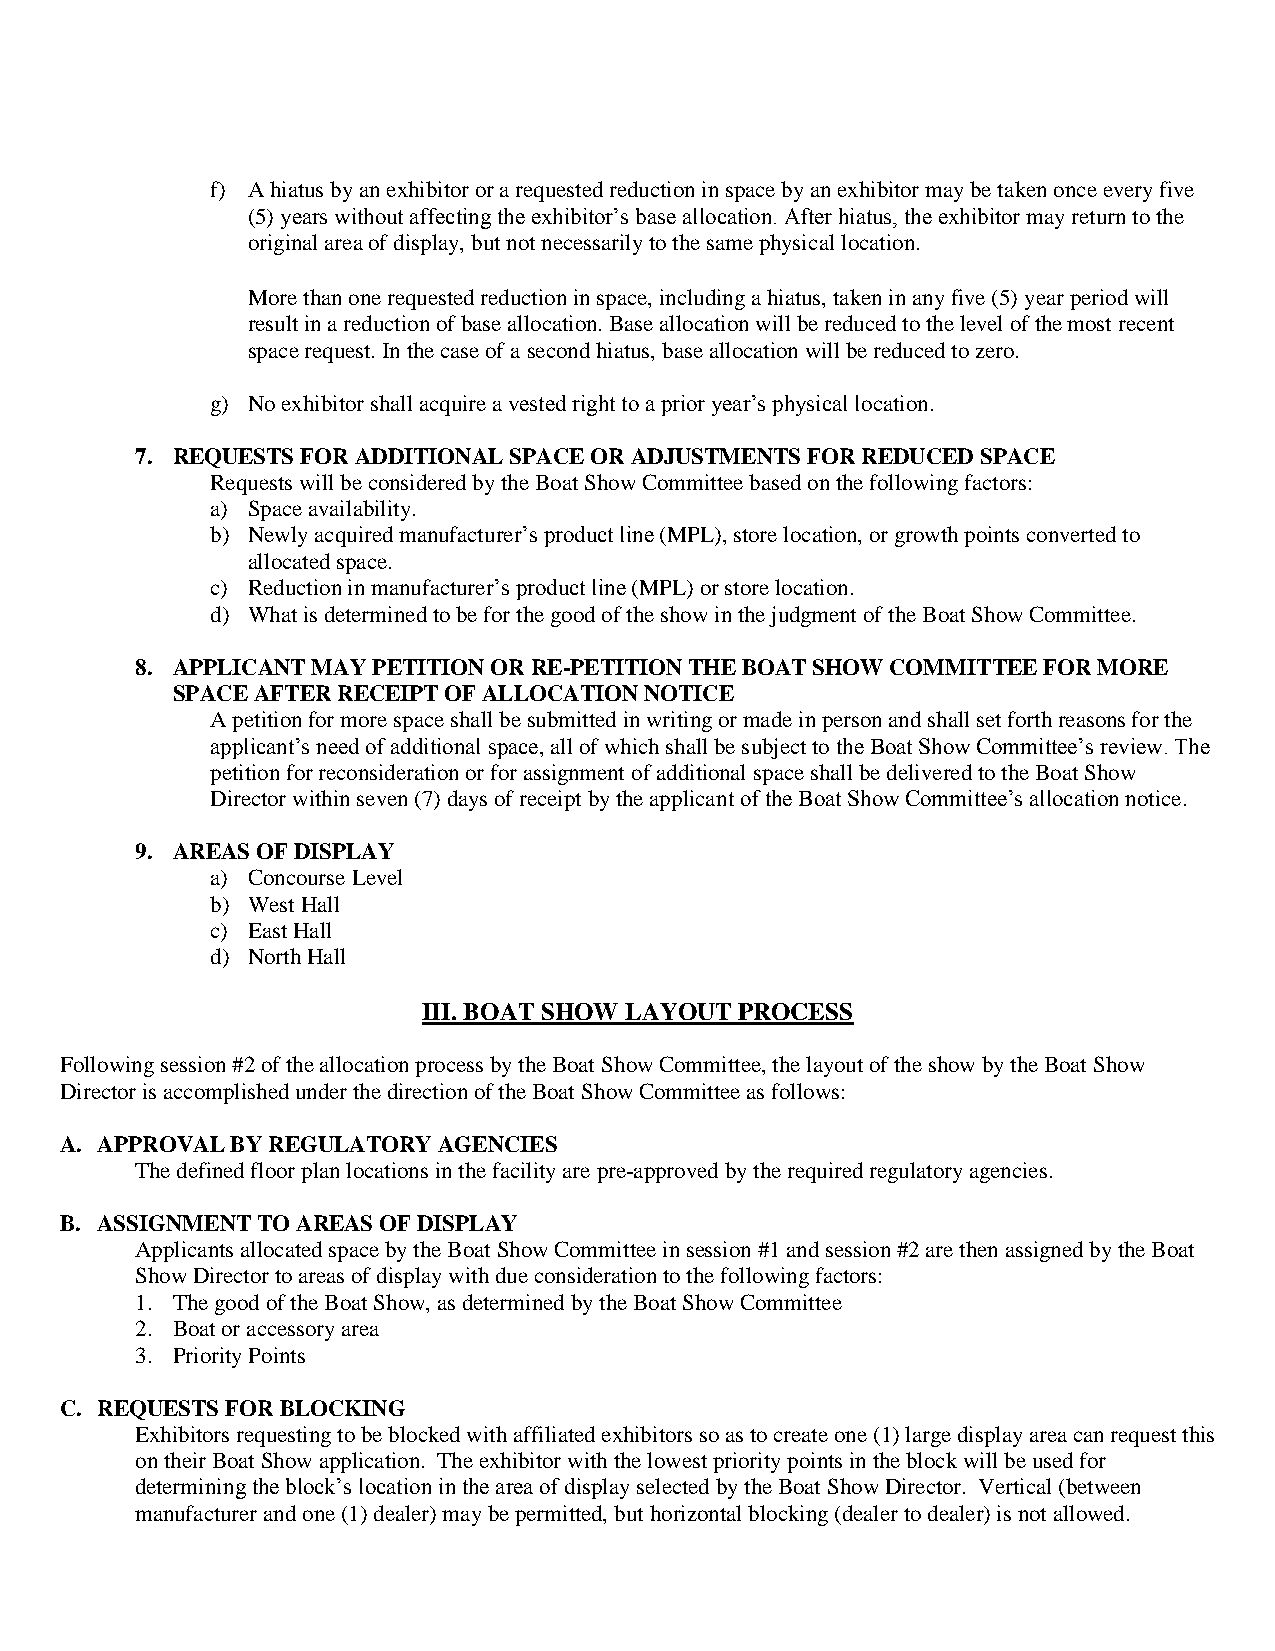
f) A hiatus by an exhibitor or a requested reduction in space by an exhibitor may be taken once every five
 (5) years without affecting the exhibitor’s base allocation. After hiatus, the exhibitor may return to the
 original area of display, but not necessarily to the same physical location.
 More than one requested reduction in space, including a hiatus, taken in any five (5) year period will
 result in a reduction of base allocation. Base allocation will be reduced to the level of the most recent
 space request. In the case of a second hiatus, base allocation will be reduced to zero.
 g) No exhibitor shall acquire a vested right to a prior year’s physical location.
 7. REQUESTS FOR ADDITIONAL SPACE OR ADJUSTMENTS FOR REDUCED SPACE
 Requests will be considered by the Boat Show Committee based on the following factors:
 a) Space availability.
 b) Newly acquired manufacturer’s product line (MPL), store location, or growth points converted to
 allocated space.
 c) Reduction in manufacturer’s product line (MPL) or store location.
 d) What is determined to be for the good of the show in the judgment of the Boat Show Committee.
 8. APPLICANT MAY PETITION OR RE-PETITION THE BOAT SHOW COMMITTEE FOR MORE
 SPACE AFTER RECEIPT OF ALLOCATION NOTICE
 A petition for more space shall be submitted in writing or made in person and shall set forth reasons for the
 applicant’s need of additional space, all of which shall be subject to the Boat Show Committee’s review. The
 petition for reconsideration or for assignment of additional space shall be delivered to the Boat Show
 Director within seven (7) days of receipt by the applicant of the Boat Show Committee’s allocation notice.
 9. AREAS OF DISPLAY
 a) Concourse Level
 b) West Hall
 c) East Hall
 d) North Hall
 III. BOAT SHOW LAYOUT PROCESS
 Following session #2 of the allocation process by the Boat Show Committee, the layout of the show by the Boat Show
 Director is accomplished under the direction of the Boat Show Committee as follows:
 A. APPROVAL BY REGULATORY AGENCIES
 The defined floor plan locations in the facility are pre-approved by the required regulatory agencies.
 B. ASSIGNMENT TO AREAS OF DISPLAY
 Applicants allocated space by the Boat Show Committee in session #1 and session #2 are then assigned by the Boat
 Show Director to areas of display with due consideration to the following factors:
 1. The good of the Boat Show, as determined by the Boat Show Committee
 2. Boat or accessory area
 3. Priority Points
 C. REQUESTS FOR BLOCKING
 Exhibitors requesting to be blocked with affiliated exhibitors so as to create one (1) large display area can request this
 on their Boat Show application. The exhibitor with the lowest priority points in the block will be used for
 determining the block’s location in the area of display selected by the Boat Show Director. Vertical (between
 manufacturer and one (1) dealer) may be permitted, but horizontal blocking (dealer to dealer) is not allowed.